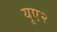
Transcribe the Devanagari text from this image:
यूए२